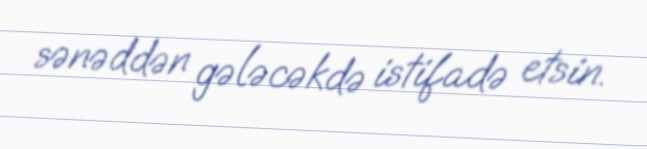
sənəddən gələcəkdə istifadə etsin.